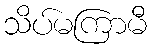
သိပ်မကြာမီ